Relation of titanus [i.e. tetanus] to the hypodermic or intramuscular injection of quinine - Number 43
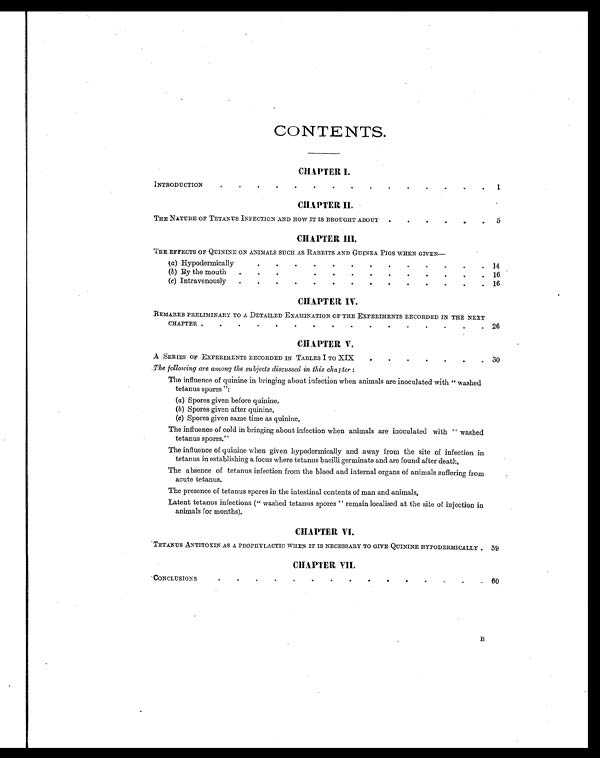
CONTENTS.
CHAPTER I.
INTRODUCTION
.
.
.
.
.
.
.
.
.
.
.
.
.
.
. 1
CHAPTER II.
THE NATURE OF TETANUS INFECTION AND HOW IT IS BROUGHT ABOUT .
.
.
.
. . 5
CHAPTER III
THE EFFECTS OF QUININE ON ANIMALS SUCH AS RABBITS AND GUINEA PIGS WHEN GIVEN—
(a) Hypodermically
. . . . . . . . . . . . .
14
(b) By the mouth .
. . . . . . . . . .
16
(c) Intravenously .
.
.
.
.
.
.
.
.
. . . . .
16
CHAPTER IV.
REMARKS PRELIMINARY TO A DETAILED EXAMINATION OF THE EXPERIMENTS RECORDED IN THE NEXT
CHAPTER.
. . . . . . . . . 26
CHAPTER V.
A SERIES OF EXPERIMENTS RECORDED IN TABLES I TO XIX
.
.
.
.
.
.
. 30
The following are among the subjects discussed in this chapter:
The influence of quinine in bringing about infection when animals are inoculated with " washed
tetanus spores":
( a) Spor es gi ven bef or e qui ni ne.
( b) Spor es gi ven af t er qui ni ne.
(c) Spores given same time as quinine.
The influence of cold in bringing about infection when animals are inoculated with " washed
tetanus spores."
The influence of quinine when given hypodermically and away from the site of infection in
tetanus in establishing a focus where tetanus bacilli germinate and are found after death.
The absence of tetanus infection from the blood and internal organs of animals suffering from
acute tetanus.
The presence of tetanus spores in the intestinal contents of man and animals.
Latent tetanus infections (" washed tetanus spores " remain localised at the site of injection in
animals for months).
CHAPTER VI.
TETANUS ANTITOXIN AS A PROPHYLACTIC WHEN IT IS NECESSARY TO GIVE QUININE HYPODERMICALLY
.
59
CHAPTER VII.
CONCLUSIONS.
. . . . . . .
60